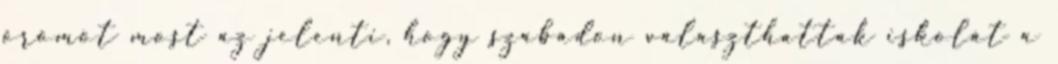
örömöt most az jelenti, hogy szabadon választhattak iskolát a